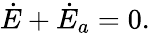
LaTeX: \dot{E}+\dot{E}_{a}=0.